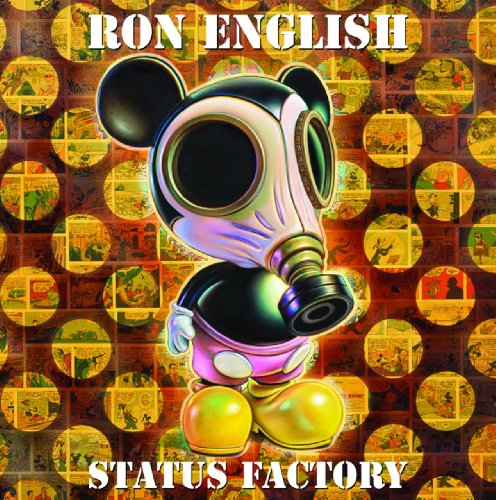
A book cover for Status Factory: The Art of Ron English; Ron English; Arts & Photography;